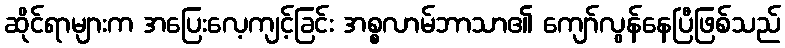
ဆိုင်ရာများက အပြေးလေ့ကျင့်ခြင်း အစ္စလာမ်ဘာသာ၏ ကျော်လွန်နေပြီဖြစ်သည်